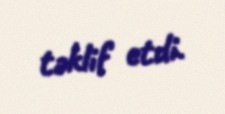
təklif etdi.